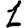
Digit: 1